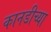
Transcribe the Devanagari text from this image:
कानडीच्या